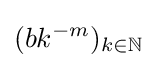
(bk^{-m})_{k\in \mathbb {N} }